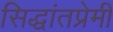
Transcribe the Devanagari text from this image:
सिद्धांतप्रेमी